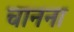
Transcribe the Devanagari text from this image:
चानना